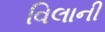
વિલાની